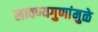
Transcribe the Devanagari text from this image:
लावण्यगुणांमुळे